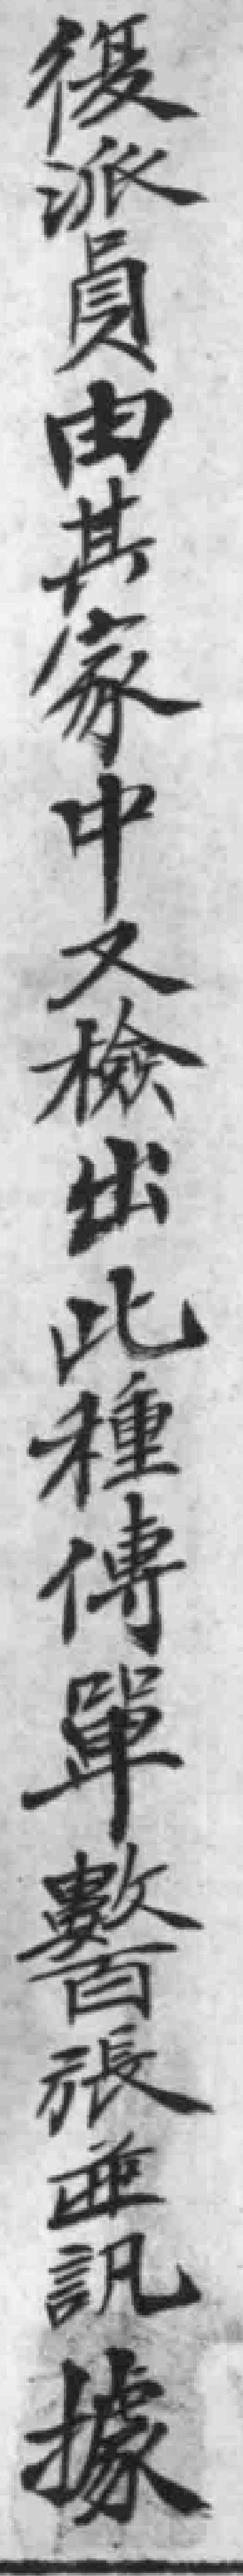
復派員由其家中又檢出此種傳單數百張訊據